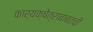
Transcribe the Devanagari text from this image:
कार्यक्षेत्राबाबतची